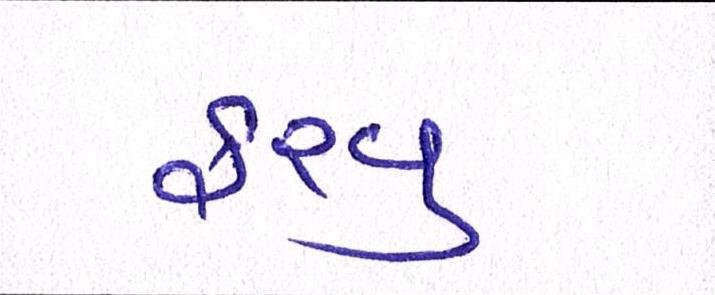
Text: ફરવુ